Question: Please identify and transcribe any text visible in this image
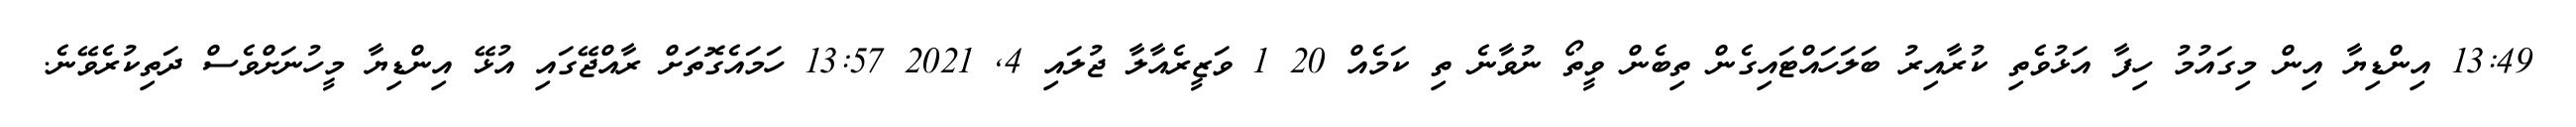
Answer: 13:49 އިންޑިޔާ އިން މިގައުމު ހިފާ އަޅުވެތި ކުރާއިރު ބަލަހައްޓައިގެން ތިބެން ވީތޯ ނުވާނެ ތި ކަމެއް 20 1 ވަޒީރެއާލާ ޖުލައި 4, 2021 13:57 ހަމައެގޮތަށް ރާއްޖޭގައި އުޅޭ އިންޑިޔާ މީހުނަށްވެސް ދަތިކުރެވޭނެ.